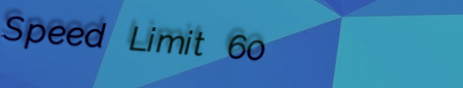
Speed Limit 60